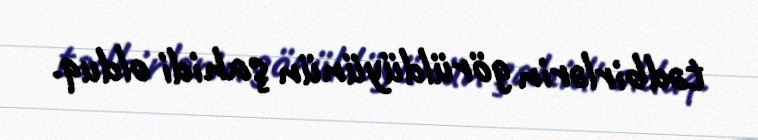
tədbirlərin görüldüyünün şahidi olduq.